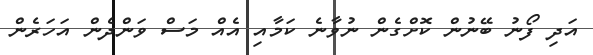
އަދި ފޯނު ބޭނުން ކޮށްގެން ނުވާނެ ކަމާއި އެއް މަސް ވަންދެން އަހަރެން